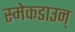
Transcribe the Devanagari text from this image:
स्मेकडाउन्